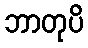
ဘာတုပိ